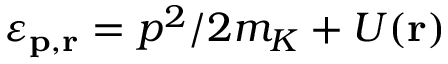
\varepsilon _ { \bf { p } , \bf { r } } = p ^ { 2 } / 2 m _ { K } + U ( { \bf { r } } )